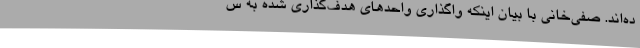
ده‌اند. صفی‌خانی با بیان اینکه واگذاری واحدهای هدف‌گذاری شده به س